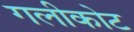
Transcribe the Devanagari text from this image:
गलीकोट